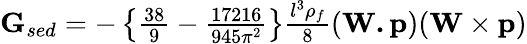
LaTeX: \begin{array}{r}{\mathbf{G}_{sed}=-\left\{ \frac{38}{9}-\frac{17216}{945\pi^{2}}\right\} \frac{l^{3}\rho_{f}}{8}(\mathbf{W.p})(\mathbf{W}\times\mathbf{p})}\end{array}